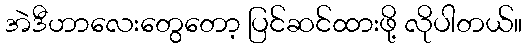
အဲဒီဟာလေးတွေတော့ ပြင်ဆင်ထားဖို့ လိုပါတယ်။